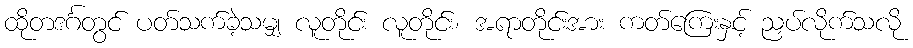
ထိုတဒင်္ဂတွင် ပတ်သက်ခဲ့သမျှ လူတိုင်း လူတိုင်း၊ အရာတိုင်းအား ကတ်ကြေးနှင့် ညှပ်လိုက်သလို